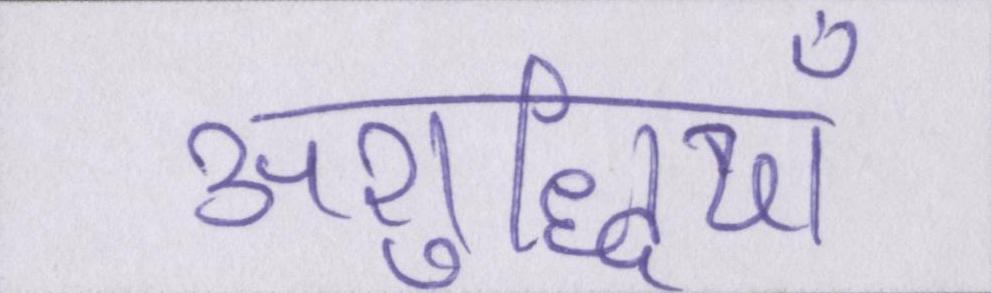
अशुद्धियाँ